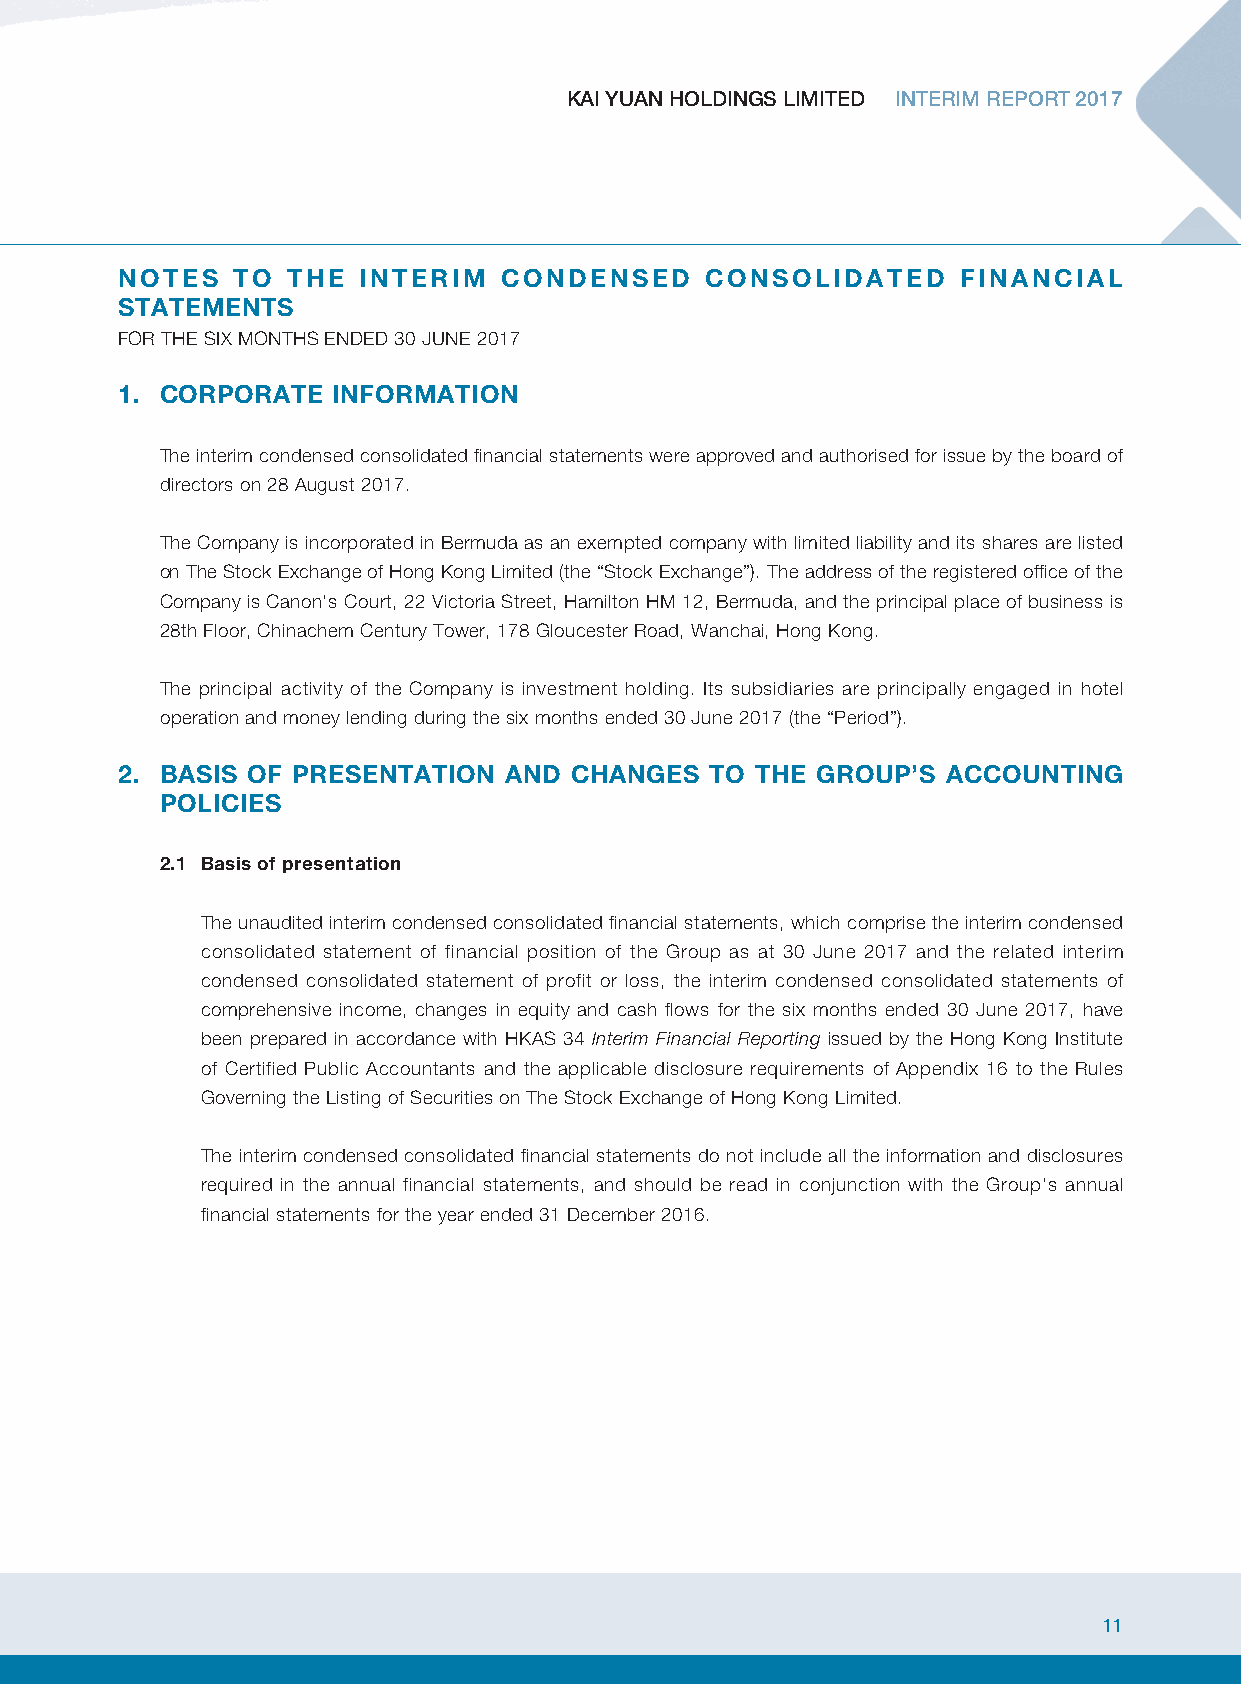
KAI YUAN HOLDINGS LIMITED INTERIM REPORT 2017
 NOTES  TO  THE  INTERIM  CONDENSED     CONSOLIDATED     FINANCIAL
 STATEMENTS
 FOR THE SIX MONTHS ENDED 30 JUNE 2017
 1. CORPORATE  INFORMATION
 The interim condensed consolidated financial statements were approved and authorised for issue by the board of
 directors on 28 August 2017.
 The Company is incorporated in Bermuda as an exempted company with limited liability and its shares are listed
 on The Stock Exchange of Hong Kong Limited (the “Stock Exchange”). The address of the registered office of the
 Company is Canon’s Court, 22 Victoria Street, Hamilton HM 12, Bermuda, and the principal place of business is
 28th Floor, Chinachem Century Tower, 178 Gloucester Road, Wanchai, Hong Kong.
 The principal activity of the Company is investment holding. Its subsidiaries are principally engaged in hotel
 operation and money lending during the six months ended 30 June 2017 (the “Period”).
 2. BASIS OF PRESENTATION AND  CHANGES  TO THE GROUP’S  ACCOUNTING
 POLICIES
 2.1 Basis of presentation
 The unaudited interim condensed consolidated financial statements, which comprise the interim condensed
 consolidated statement of financial position of the Group as at 30 June 2017 and the related interim
 condensed consolidated statement of profit or loss, the interim condensed consolidated statements of
 comprehensive income, changes in equity and cash flows for the six months ended 30 June 2017, have
 been prepared in accordance with HKAS 34 Interim Financial Reporting issued by the Hong Kong Institute
 of Certified Public Accountants and the applicable disclosure requirements of Appendix 16 to the Rules
 Governing the Listing of Securities on The Stock Exchange of Hong Kong Limited.
 The interim condensed consolidated financial statements do not include all the information and disclosures
 required in the annual financial statements, and should be read in conjunction with the Group’s annual
 financial statements for the year ended 31 December 2016.
 11